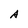
Character: A